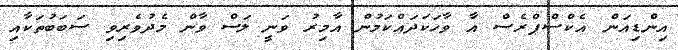
އިންޑިއަން އެކްސްޕްރެސް އާ ވާހަކަދައްކަމުން އާމިރު ވަނީ ލަސް ވާން މެދުވެރިވި ސަބަބުތަކާއި